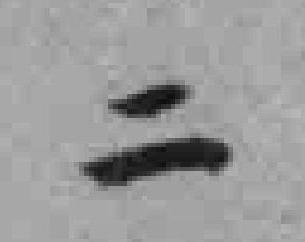
二